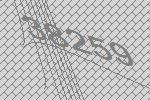
38259